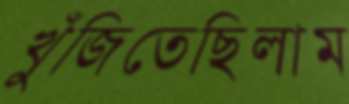
খুঁজিতেছিলাম